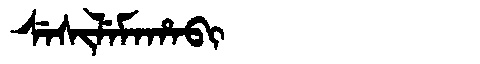
Manchu: ᠰᡝᠰᡳᠯᡝᠮᠠᡥᠠᠪᡳ
Romanization: SESILEMAHABI